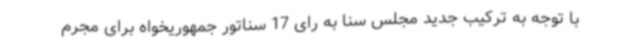
با توجه به ترکیب جدید مجلس سنا به رای 17 سناتور جمهوریخواه برای مجرم